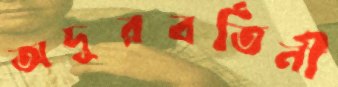
অদূরবর্তিনী